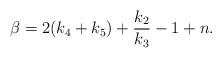
LaTeX: \begin{align*}\beta=2(k_4+k_5)+\frac{k_2}{k_3}-1+n.\end{align*}